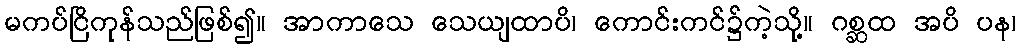
မကပ်ငြိကုန်သည်ဖြစ်၍။ အာကာသေ သေယျထာပိ၊ ကောင်းကင်၌ကဲ့သို့။ ဂစ္ဆထ အပိ ပန၊